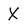
Character: X